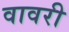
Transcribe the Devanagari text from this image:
वावरी